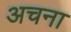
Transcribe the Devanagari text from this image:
अचना